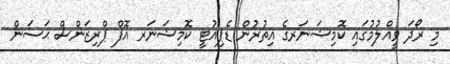
މި ރޯދަ ވީއްލުމުގައި ކޮމިޝަނަރގެ އިތުރުން ޑެޕިއުޓީ ކޮމިޝަނަރ އޮފް ޕްރިޒަންސް ޙަސަން